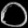
Digit: ၀